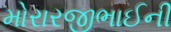
મોરારજીભાઈની